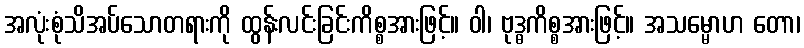
အလုံးစုံသိအပ်သောတရားကို ထွန်းလင်းခြင်းကိစ္စအားဖြင့်။ ဝါ၊ ဗုဒ္ဓကိစ္စအားဖြင့်။ အသမ္မောဟ တော၊